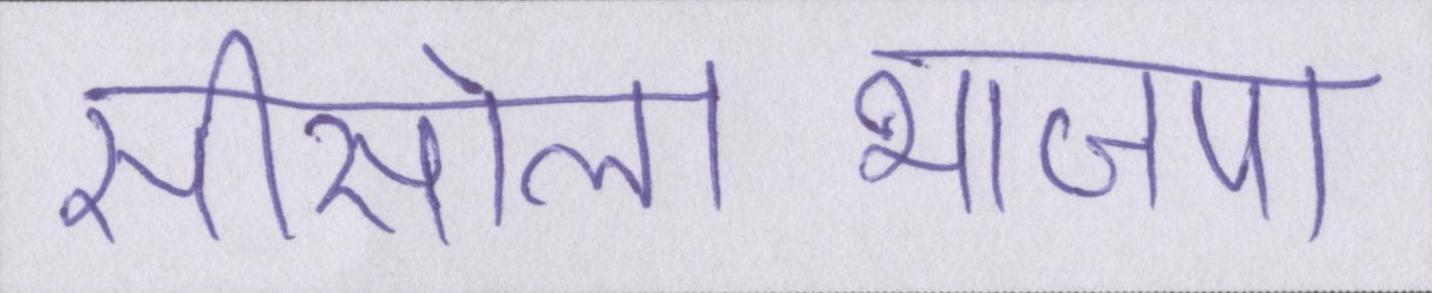
सीसोलाभाजपा